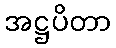
အဋ္ဌပိတာ